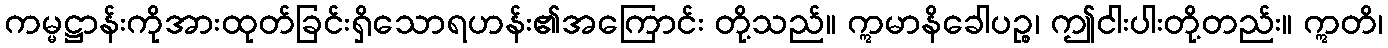
ကမ္မဋ္ဌာန်းကိုအားထုတ်ခြင်းရှိသောရဟန်း၏အကြောင်း တို့သည်။ ဣမာနိခေါပဉ္စ၊ ဤငါးပါးတို့တည်း။ ဣတိ၊